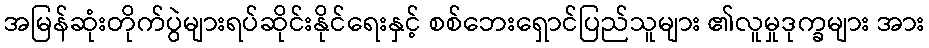
အမြန်ဆုံးတိုက်ပွဲများရပ်ဆိုင်းနိုင်ရေးနှင့် စစ်ဘေးရှောင်ပြည်သူများ ၏လူမှုဒုက္ခများ အား